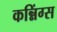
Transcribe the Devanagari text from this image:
कन्निंग्स